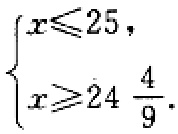
$\begin{cases}

x\leqslant25, \\

x\geqslant24\frac{4}{9}.

\end{cases}$